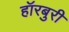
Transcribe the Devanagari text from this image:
हॉरबुरी